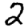
Digit: 2